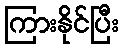
ကြားနိုင်ပြီး